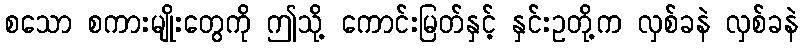
စသော စကားမျိုးတွေကို ဤသို့ ကောင်းမြတ်နှင့် နှင်းဥတို့က လှစ်ခနဲ လှစ်ခနဲ